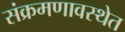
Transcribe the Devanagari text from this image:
संक्रमणावस्थेत